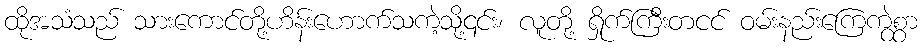
ထိုအသံသည် သားကောင်တို့ဟိန်းဟောက်သကဲ့သို့၎င်း၊ လူတို့ ရှိုက်ကြီးတငင် ဝမ်းနည်းကြေကွဲစွာ